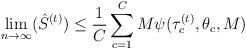
LaTeX: \begin{align*}\lim_{n\to\infty}(\hat S^{(t)})\leq \frac{1}{C}\sum_{c=1}^C M\psi(\tau^{(t)}_c,\theta_c,M)\end{align*}